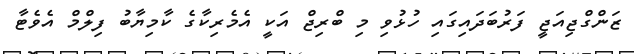
ޒަންގްޖިއަޖީ ފަރުބަދައިގައި ހުޅުވި މި ބްރިޖް އަކީ އެމެރިކާގެ ކާމިޔާބު ފިލްމް އެވެޓާ